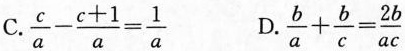
C. $$\frac{c}{a} - \frac{c+1}{a} = \frac{1}{a}$$ D. $$\frac{b}{a} + \frac{b}{c} = \frac{2b}{ac}$$